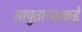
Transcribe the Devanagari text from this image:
सापुताऱ्याकडे